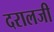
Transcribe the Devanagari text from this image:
दरालजी